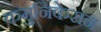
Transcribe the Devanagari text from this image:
कमुनिकेसन